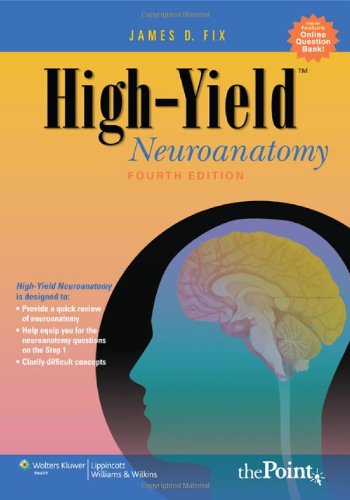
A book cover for High-Yield(TM) Neuroanatomy (High-Yield  Series); James D. Fix; Medical Books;